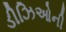
ડીઝિઓની